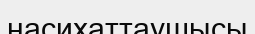
насихаттаушысы